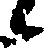
候